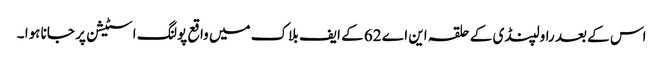
اس کے بعد راولپنڈی کے حلقہ این اے 62 کے ایف بلاک میں واقع پولنگ اسٹیشن پر جانا ہوا ۔